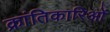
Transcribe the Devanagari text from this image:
क्रांतिकारिओं